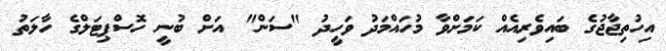
އިހުތިޖާޖުގެ ބައިވެރިއެއް ކަމަށްވާ މުހައްމަދު ވަހީދު "ސަން" އަށް ބުނީ ހޮސްޕިޓަލްގެ ހާލަތު